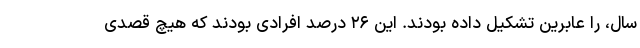
سال، را عابرین تشکیل داده بودند. این ۲۶ درصد افرادی بودند که هیچ قصدی